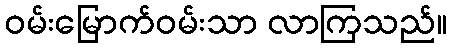
ဝမ်းမြောက်ဝမ်းသာ လာကြသည်။